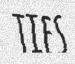
TIES